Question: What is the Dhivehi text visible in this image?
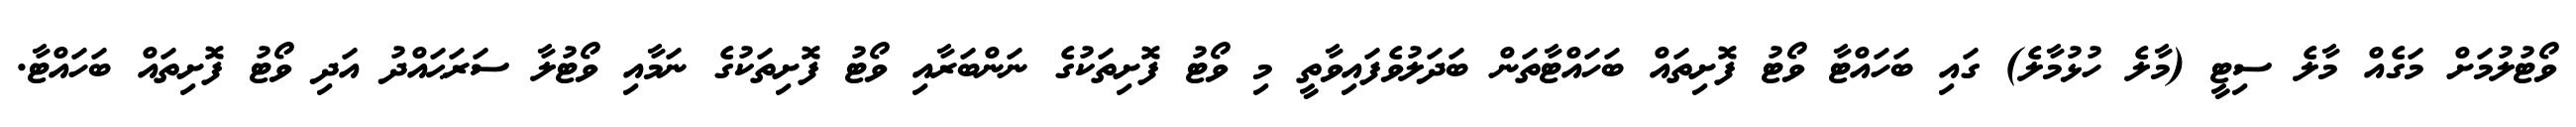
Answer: ވޯޓުލުމަށް މަގެއް މާލެ ސިޓީ (މާލެ ހުޅުމާލެ) ގައި ބަހައްޓާ ވޯޓު ފޮށިތައް ބަހައްޓާތަން ބަދަލުވެފައިވާތީ މި ވޯޓު ފޮށިތަކުގެ ނަންބަރާއި ވޯޓު ފޮށިތަކުގެ ނަމާއި ވޯޓުލާ ސަރަޙައްދު އަދި ވޯޓު ފޮށިތައް ބަހައްޓާ.